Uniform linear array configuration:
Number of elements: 8
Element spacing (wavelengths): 0.25
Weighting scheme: blackman
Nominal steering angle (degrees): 45
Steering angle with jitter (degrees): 45.622
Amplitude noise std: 0.05
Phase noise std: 0.05

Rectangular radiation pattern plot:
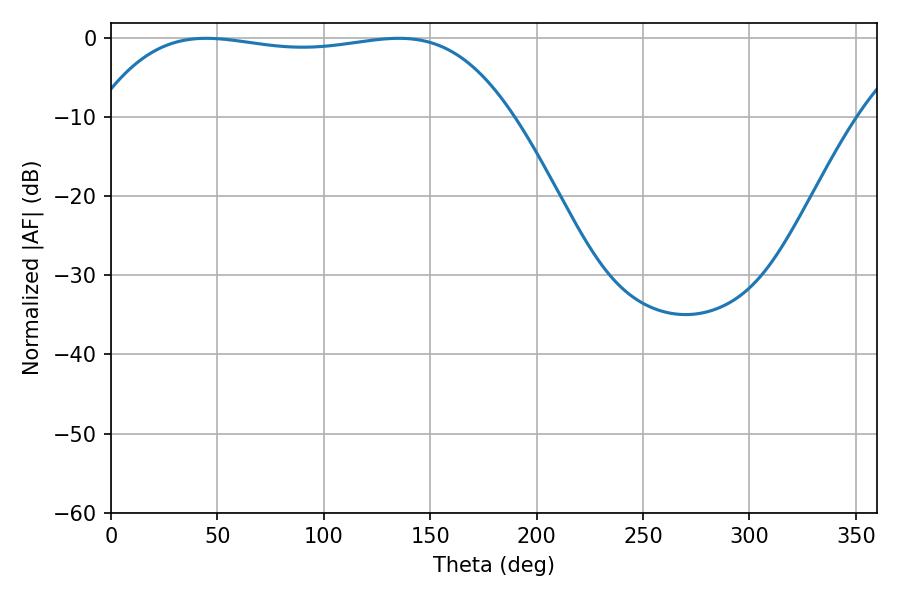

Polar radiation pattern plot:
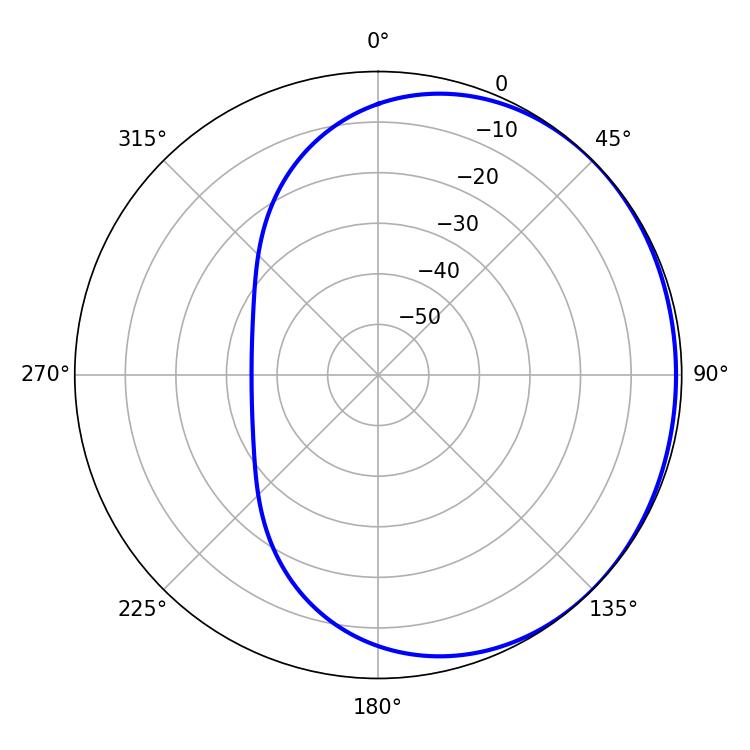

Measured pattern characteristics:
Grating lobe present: FALSE
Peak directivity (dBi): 0.7051
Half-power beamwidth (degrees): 154.44
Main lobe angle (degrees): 44.82